Punjab Mental Hospital Lahore 1932-46 - 1932-1946
Year: 1932
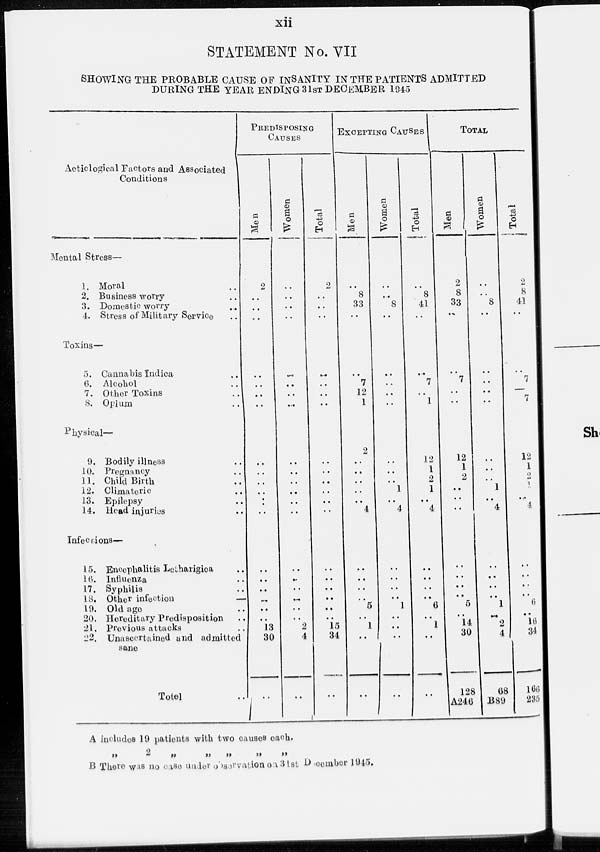
xii
STATEMENT No. VII
SHOWING THE PROBABLE CAUSE OF INSANITY IN THE PATIENTS ADMITTED
DURING THE YEAR ENDING 31ST DECEMBER 1945
Aeticlogical Factors and Associated
Conditions
Mental Stress—
1. Moral ..
2. Business worry ..
3. Domestic worry ..
4. Stress of Military Service
..
Toxins—
5. Cannabis Indica ..
6. Alcohol ..
7. Other Toxins ..
8. Opium ..
Physical—
9. Bodily illness ..
10. Pregnancy ..
11. Child Birth
..
12. Climateric ..
13. Epilepsy ..
14. Head injuries ..
Infections—
15. Encephalitis Letharigica ..
16. Influenza ..
17. Syphilis ..
18. Other infection
..
19. Old age ..
20. Hereditary Predisposition ..
21. Previous attacks ..
22. Unascertained and admitted
sane
Total ..
PREDISPOSING
CAUSES
Men
2
..
.. ..
..
..
..
..
..
..
..
..
..
..
..
..
..
..
..
..
13
30
..
Women
.. .. ..
..
..
..
..
..
..
..
..
..
..
..
..
..
..
..
..
..
2
4
..
Total
2
..
.. ..
..
..
..
..
..
..
..
..
..
..
..
..
..
..
..
..
15
34
..
EXCEPTING
CAUSES
Men
.. 8
33
..
..
7
12
1
2
..
..
..
..
..
4
..
..
..
..
5
..
1
..
..
Women
.. ..
8
..
..
..
.. ..
..
..
..
1
..
4
..
..
..
..
1
..
..
..
..
Total
.. 8
41
..
..
7
..
1
12
1
2
1
..
4
..
..
..
..
6
..
1
..
..
TOTAL
Men
2
8
33
..
..
7
..
..
12
1
2
..
..
..
..
..
..
..
5
..
14
30
128
A246
Women
..
.. 8
..
..
..
.. ..
..
..
..
1
..
4
..
..
..
..
1
..
2
4
68
B89
Total
2
8
41
..
..
7
..
7
12
1
2
1
..
4
..
..
..
..
6
..
16
34
166
235
A includes 19 patients with two causes each.
„ 2 „ „ „ „ „
B There was no case under observation on 31st Dicember 1945.